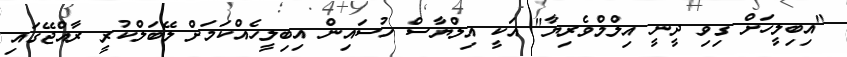
"އިބިލީހަށް ގިވި ދީނީ އިލްމްވެރިޔާ" އަކީ އިލްޔާސް ހުސައިން އިބިލީހެއްކަމަށް ލޭބަލްކުރީ ރާއްޖޭގައި